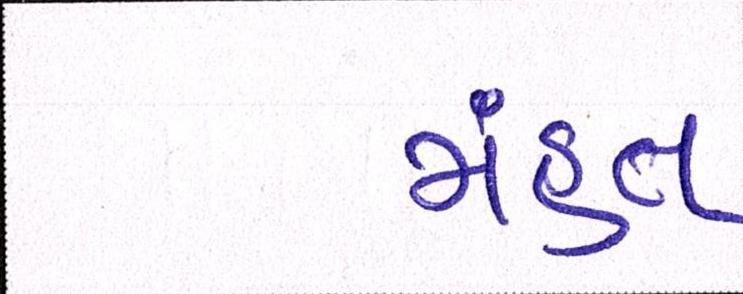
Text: મંહત